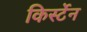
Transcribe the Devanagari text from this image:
किर्स्टेन